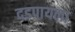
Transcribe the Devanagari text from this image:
दडपायला